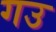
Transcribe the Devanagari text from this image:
गउ